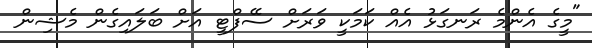
"މީގެ އެންމެ ރަނގަޅު އެއް ކަމަކީ ވަރަށް ސޭފްޓީ އަށް ބަލައިގެން މެޝިން